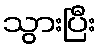
သွားပြီး